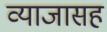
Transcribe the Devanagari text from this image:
व्याजासह